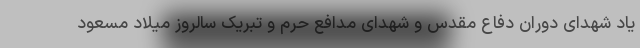
یاد شهدای دوران دفاع مقدس و شهدای مدافع حرم و تبریک سالروز میلاد مسعود